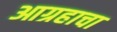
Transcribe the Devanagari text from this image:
आग्रहाचा